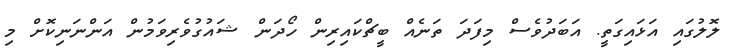
ލޮލުގައި އަޅައިގަތީ. އަބަދުވެސް މިފަދަ ތަނެއް ބީޗްކައިރިން ހޯދަން ޝައުގުވެރިވަމުން އަންނަނިކޮށް މި